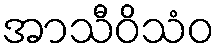
အာသီဝိသံဝ